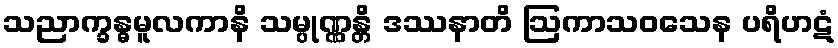
သညာက္ခန္ဓမူလကာနိ သမ္ပုဏ္ဏန္တိ ဒဿနာတိ ဩကာသဝသေန ပရိဟဋံ